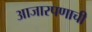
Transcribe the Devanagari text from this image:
आजारपणाची